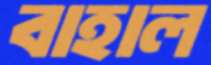
বাহাল